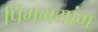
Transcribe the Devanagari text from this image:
पिंगगयांग